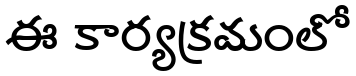
ఈ కార్యక్రమంలో